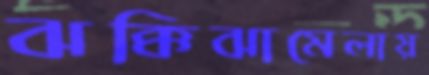
ঝক্কিঝামেলায়